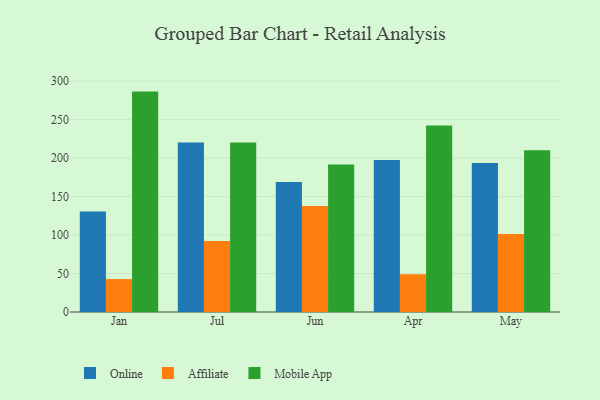
{"axis": {"x": "Month", "y": "Inventory Turnover"}, "legend": ["Affiliate", "Mobile App", "Online"], "data": [{"x": "Jan", "y": 130.7, "type": "Online"}, {"x": "Jan", "y": 42.8, "type": "Affiliate"}, {"x": "Jan", "y": 286.4, "type": "Mobile App"}, {"x": "Jul", "y": 220.3, "type": "Online"}, {"x": "Jul", "y": 92.1, "type": "Affiliate"}, {"x": "Jul", "y": 220.2, "type": "Mobile App"}, {"x": "Jun", "y": 168.8, "type": "Online"}, {"x": "Jun", "y": 137.8, "type": "Affiliate"}, {"x": "Jun", "y": 191.6, "type": "Mobile App"}, {"x": "Apr", "y": 197.6, "type": "Online"}, {"x": "Apr", "y": 49.0, "type": "Affiliate"}, {"x": "Apr", "y": 242.3, "type": "Mobile App"}, {"x": "May", "y": 193.6, "type": "Online"}, {"x": "May", "y": 101.3, "type": "Affiliate"}, {"x": "May", "y": 210.2, "type": "Mobile App"}]}